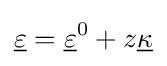
{\underline {\varepsilon }}={\underline {\varepsilon }}^{0}+z{\underline {\kappa }}